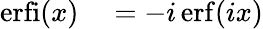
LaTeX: \begin{array}{rl}{\operatorname{erfi}(x)}&{{}=-i\operatorname{erf}(ix)}\end{array}